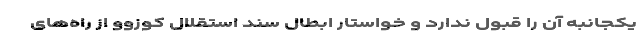
یکجانبه آن را قبول ندارد و خواستار ابطال سند استقلال کوزوو از راه‌های